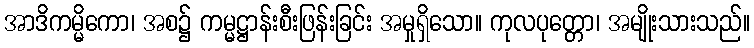
အာဒိကမ္မိကော၊ အစ၌ ကမ္မဋ္ဌာန်းစီးဖြန်းခြင်း အမှုရှိသော။ ကုလပုတ္တော၊ အမျိုးသားသည်။